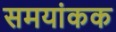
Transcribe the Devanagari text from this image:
समयांकक